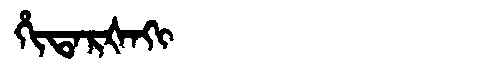
Manchu: ᡥᡳᡨᠠᡵᡧᠠᡴᡳ
Romanization: HITARŠAKI